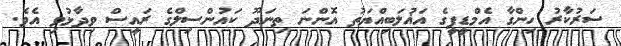
ސަރުކާރު ހިންގާ އެމްޑީޕީގެ އަޣުލަބިއްޔަތު އޮންނަ ތިނަދޫ ކައުންސިލްގެ ރައީސް ވިދާޅުވި އެވެ.